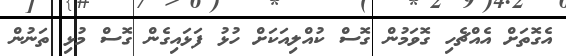
އެގޮތަށް އެއްޗެހި ގޮވަމުން ގޮސް ކުއްލިއަކަށް ހުޅު ފަޅައިގެން ގޮސް މުޅި ތަނުން